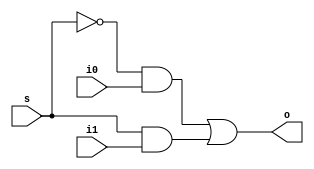
module Mux(i0 , i1 , s , o);
	input i0,i1,s;
	output o;
	assign o=(~s&i0)|(s&i1);

endmodule